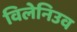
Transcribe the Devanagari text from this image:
विलेनिउव